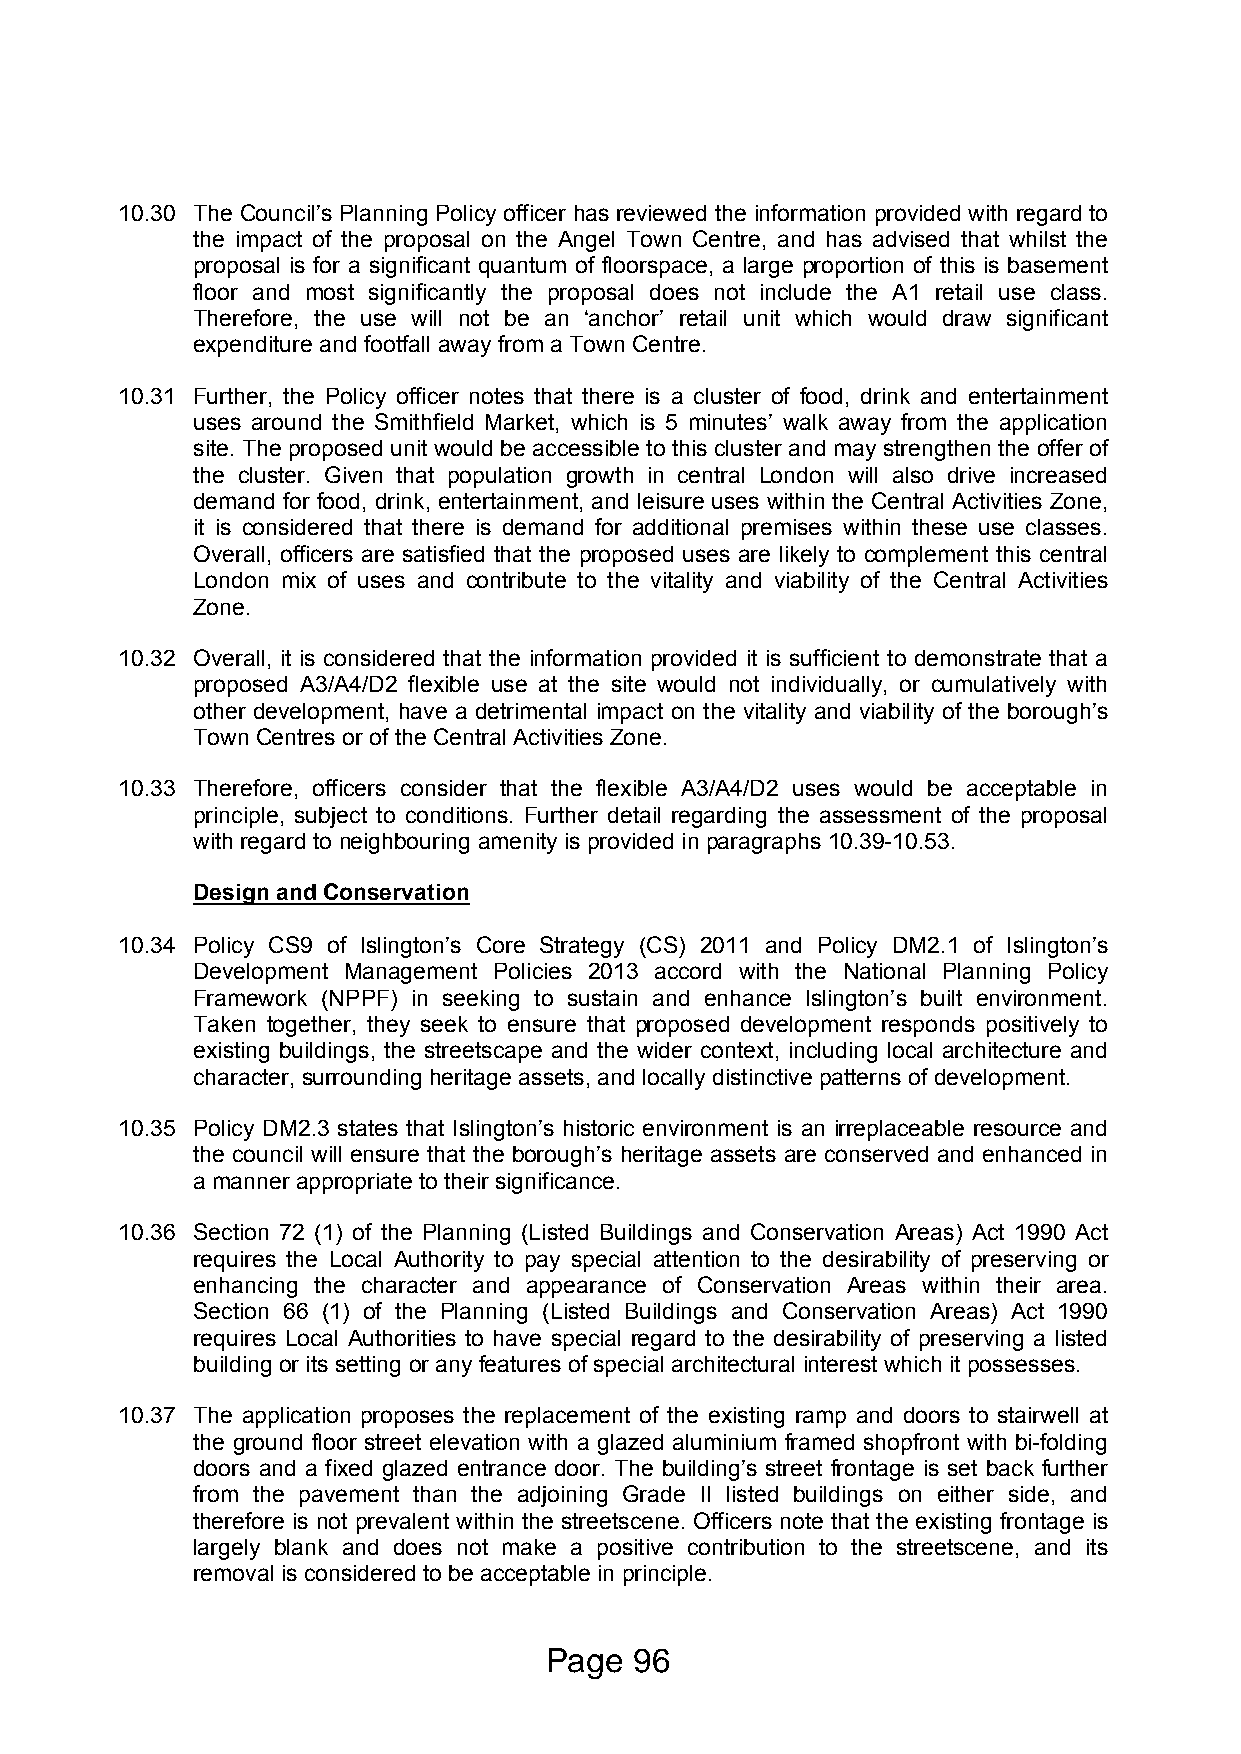
10.30 The Council’s Planning Policy officer has reviewed the information provided with regard to
 the impact of the proposal on the Angel Town Centre, and has advised that whilst the
 proposal is for a significant quantum of floorspace, a large proportion of this is basement
 floor and most significantly the proposal does not include the A1 retail use class.
 Therefore, the use will not be an ‘anchor’ retail unit which would draw significant
 expenditure and footfall away from a Town Centre.
 10.31 Further, the Policy officer notes that there is a cluster of food, drink and entertainment
 uses around the Smithfield Market, which is 5 minutes’ walk away from the application
 site. The proposed unit would be accessible to this cluster and may strengthen the offer of
 the cluster. Given that population growth in central London will also drive increased
 demand for food, drink, entertainment, and leisure uses within the Central Activities Zone,
 it is considered that there is demand for additional premises within these use classes.
 Overall, officers are satisfied that the proposed uses are likely to complement this central
 London mix of uses and contribute to the vitality and viability of the Central Activities
 Zone.
 10.32 Overall, it is considered that the information provided it is sufficient to demonstrate that a
 proposed A3/A4/D2 flexible use at the site would not individually, or cumulatively with
 other development, have a detrimental impact on the vitality and viability of the borough’s
 Town Centres or of the Central Activities Zone.
 10.33 Therefore, officers consider that the flexible A3/A4/D2 uses would be acceptable in
 principle, subject to conditions. Further detail regarding the assessment of the proposal
 with regard to neighbouring amenity is provided in paragraphs 10.39-10.53.
 Design and Conservation
 10.34 Policy CS9 of Islington’s Core Strategy (CS) 2011 and Policy DM2.1 of Islington’s
 Development Management Policies 2013 accord with the National Planning Policy
 Framework (NPPF) in seeking to sustain and enhance Islington’s built environment.
 Taken together, they seek to ensure that proposed development responds positively to
 existing buildings, the streetscape and the wider context, including local architecture and
 character, surrounding heritage assets, and locally distinctive patterns of development.
 10.35 Policy DM2.3 states that Islington’s historic environment is an irreplaceable resource and
 the council will ensure that the borough’s heritage assets are conserved and enhanced in
 a manner appropriate to their significance.
 10.36 Section 72 (1) of the Planning (Listed Buildings and Conservation Areas) Act 1990 Act
 requires the Local Authority to pay special attention to the desirability of preserving or
 enhancing the character and appearance of Conservation Areas within their area.
 Section 66 (1) of the Planning (Listed Buildings and Conservation Areas) Act 1990
 requires Local Authorities to have special regard to the desirability of preserving a listed
 building or its setting or any features of special architectural interest which it possesses.
 10.37 The application proposes the replacement of the existing ramp and doors to stairwell at
 the ground floor street elevation with a glazed aluminium framed shopfront with bi-folding
 doors and a fixed glazed entrance door. The building’s street frontage is set back further
 from the pavement than the adjoining Grade II listed buildings on either side, and
 therefore is not prevalent within the streetscene. Officers note that the existing frontage is
 largely blank and does not make a positive contribution to the streetscene, and its
 removal is considered to be acceptable in principle.
 Page  96